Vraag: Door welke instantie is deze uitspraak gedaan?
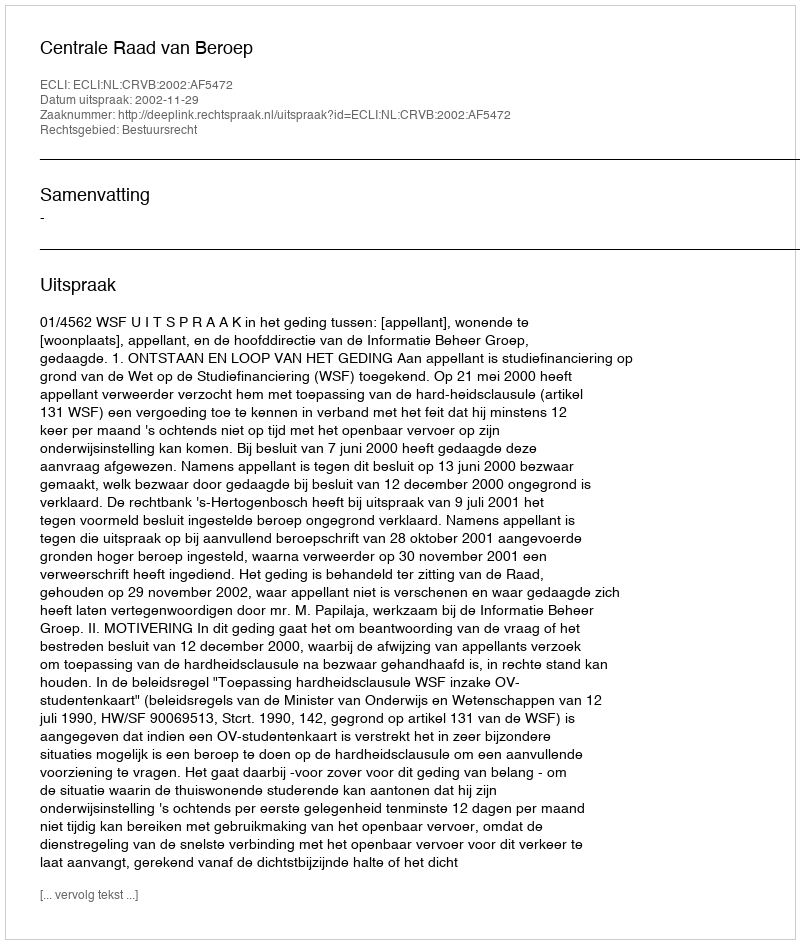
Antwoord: Centrale Raad van Beroep